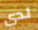
لدي